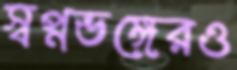
স্বপ্নভঙ্গেরও